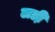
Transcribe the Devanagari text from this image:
लडी़